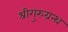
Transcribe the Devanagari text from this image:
श्रीगुरुग्रन्थ